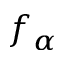
f _ { \alpha }